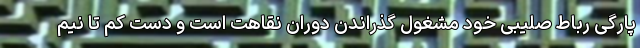
پارگی رباط صلیبی خود مشغول گذراندن دوران نقاهت است و دست کم تا نیم